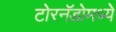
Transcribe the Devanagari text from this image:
टोरनॅडोमध्ये